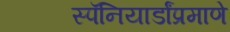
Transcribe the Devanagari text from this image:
स्पॅनियार्डांप्रमाणे